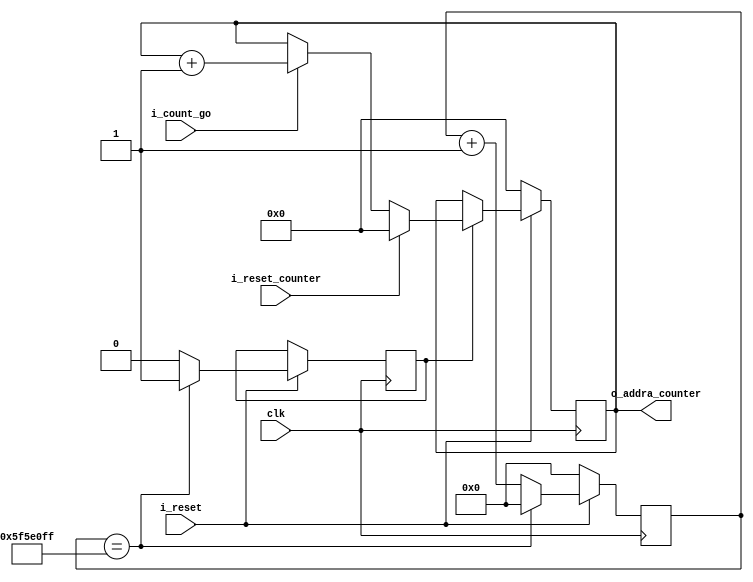
`timescale 1ns / 1ps

module addr_counter #(
    parameter integer ADDR_WIDTH = 13
)(
    input wire clk,
    input wire i_reset,
    input wire i_count_go,
    input wire i_reset_counter,
    
    output reg [ADDR_WIDTH-1:0] o_addra_counter  
);

    //internal signals
    reg [26:0] ref_count = 'b0;
    reg enable_at_refresh = 1'b0;
    parameter [26:0] cycles_at_refresh_rate = 100_000_000;
    
    always @ (posedge clk)
        if (!i_reset)
            o_addra_counter <= 0;
        else
            if (enable_at_refresh == 1'b1) 
            begin
                if (i_reset_counter == 1'b1)
                    o_addra_counter <= 0;
                else if (i_count_go == 1'b1)
                    o_addra_counter <= o_addra_counter + 1;
                else
                    o_addra_counter <= o_addra_counter;
            end else 
                o_addra_counter <= o_addra_counter;


    always @ (posedge clk)
        if (!i_reset)
            ref_count <= 4'b0000;
        else if (ref_count == cycles_at_refresh_rate-1) begin
            ref_count <= 4'b0000;
            enable_at_refresh <= 1'b1;
        end else begin
            ref_count <= ref_count + 1;
            enable_at_refresh <= 1'b0;
        end

                           
endmodule